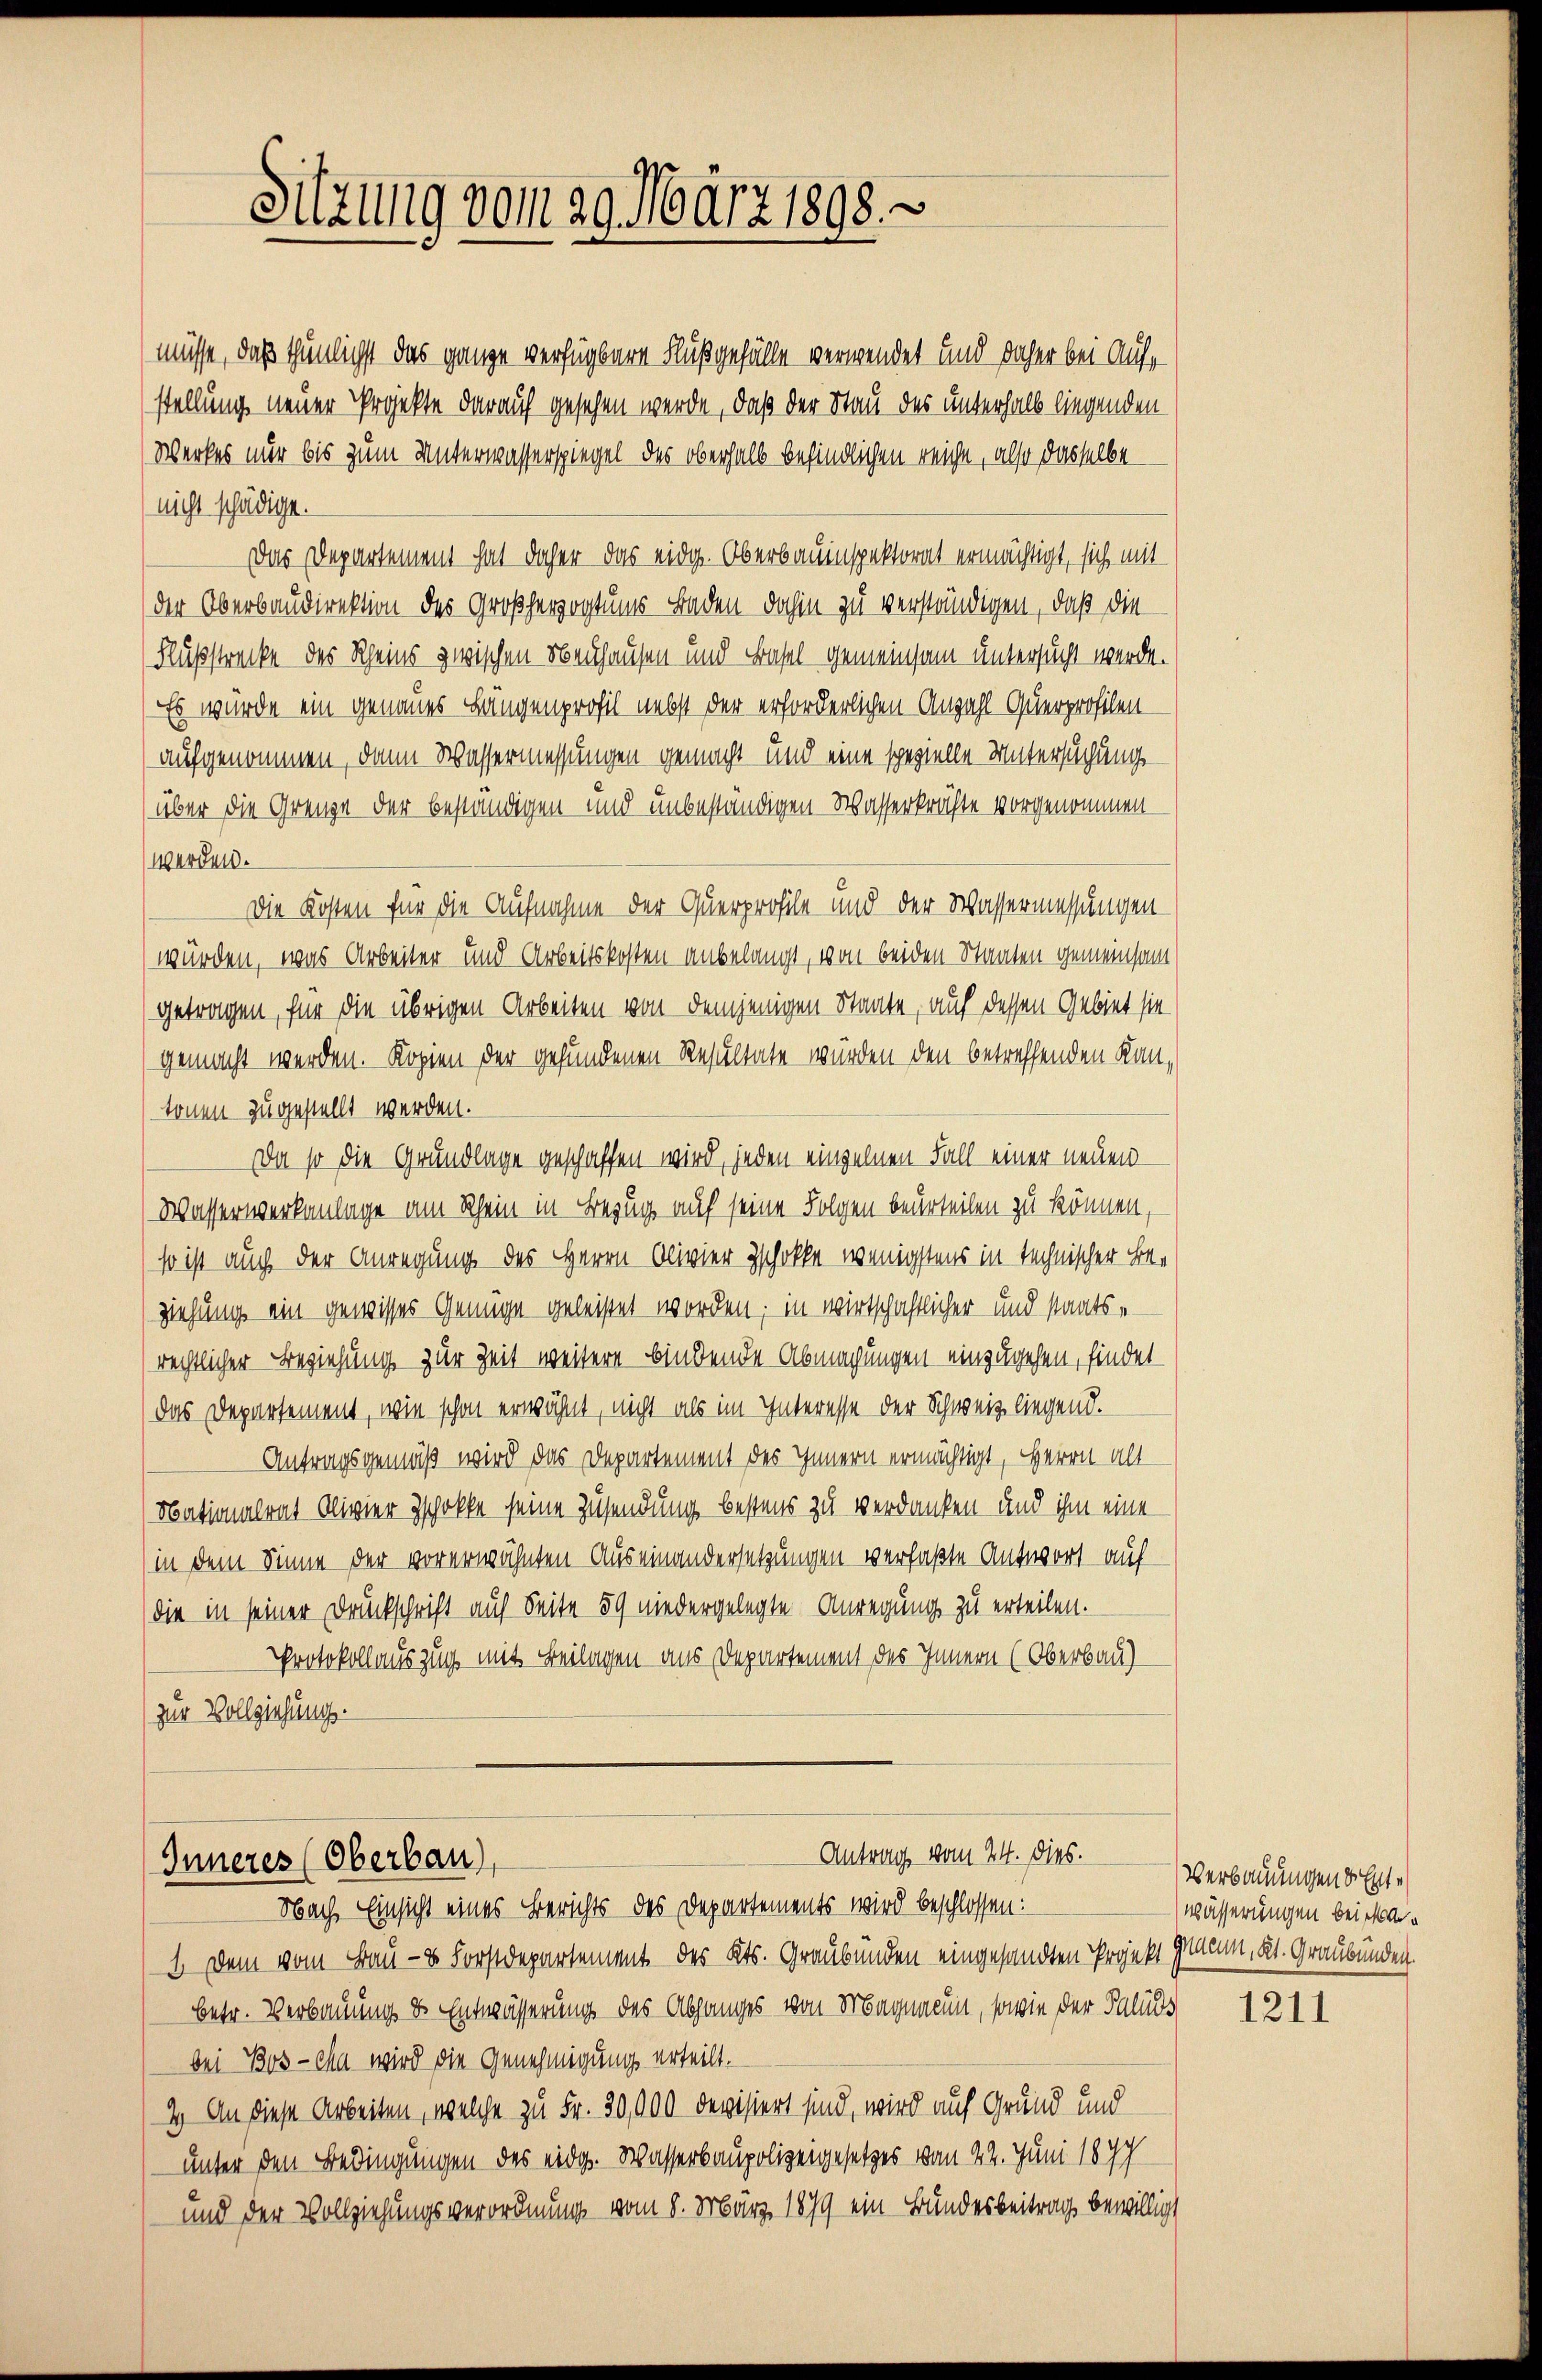
Sitzung vom 29. März 1898.

müsse, daß thunlichst das ganze verfügbare Flußgefälle verwendet und daher bei Aufstellung neuer Projekte darauf gesehen werde, daß der Stau des unterhalb liegenden
Werkes nur bis zum Unterwasserspiegel des oberhalb befindlichen reiche, also dasselbe
nicht schädige.
Das Departement hat daher das eidg. Oberbauenspektorat ermächtigt, sich mit
der Oberbaudirektion des Großherzogtums Baden dahin zu verständigen, daß die
Flußstrecke des Rheins zwischen Neuhausen und Basel gemeinsam untersucht werde.
Es würde ein genaues Längenprofil nebst der erforderlichen Anzahl Querprofilen
aufgenommen, dann Wassermessungen gemacht und eine spezielle Untersuchung
über die Grenze der beständigen und unbeständigen Wasserkräfte vorgenommen
werden.
Die Kosten für die Aufnahme der Querprofile und der Wassermessungen
würden, was Arbeiter und Arbeitskosten anbelangt, von beiden Staaten gemeinsam
getragen, für die übrigen Arbeiten von demjenigen Staate, auf dessen Gebiet sie
gemacht werden. Kopien der gefundenen Resultate würden den betreffenden Kantonen zugestellt werden.
Da so die Grundlage geschaffen wird, jeden einzelnen Fall einer neuen
Wasserwerkanlage am Rhein in Bezug auf seine Folgen beurteilen zu können,
so ist auch der Anregung des Herrn Olivier schokke wenigstens in technischer Beziehung ein gewisses Genüge geleistet worden; in wirtschaftlicher und staatsrechtlicher Beziehung zur Zeit weitere bindende Abmachungen einzugehen, findet
das Departement, wie schon erwähnt, nicht als im Interesse der Schweiz liegend.
Antragsgemäß wird das Departement des Innern ermächtigt, Herrn alt
Nationalrat Olivier schokke seine Zusendung bestens zu verdanken und ihm eine
in dem Sinne der vorerwähnten Auseinandersetzungen verfaßte Antwort auf
die in seiner Druckschrift auf Seite 89 niedergelegte Anregung zu erteilen.
Protokollauszug mit Beilagen aus Departement des Innern (Oberbau)
zur Vollziehung.

Antrag vom 24. dies.
Inneres (Oberbau
Nach Einsicht eines Berichts des Departements wird beschlossen:

1. Dem vom Bau- & Forstdepartement des Kts. Graubünden eingesandten Projekt Maum, Kt. Graubünden.
betr. Verbauung & Entwässerung des Abganges von Magnacun, sowie der Paluds
bei Bos-cha wird die Genehmigung erteilt.
2.) An diese Arbeiten, welche zu Fr. 30,000 devisiert sind, wird auf Grund und
unter den Bedingungen des eidg. Wasserbaupolizeigesetzes von 22. Juni 189
und der Vollziehungsverordnung vom 8. März 1879 ein Bundesbeitrag bewilligt

Verbauungen d. Entwässerungen bei an¬

1211